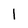
Character: 1